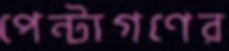
পেন্টাগণের